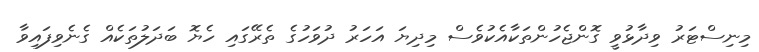
މިނިސްޓަރު ވިދާޅުވީ ގޮންޖެހުންތަކާއެކުވެސް މިދިޔަ އަހަރު ދުވަހުގެ ތެރޭގައި ހެޔޮ ބަދަލުތަކެއް ގެނެވިފައިވާ